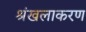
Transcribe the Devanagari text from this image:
श्रंखलाकरण